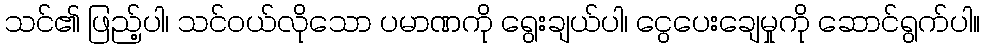
သင်၏ ဖြည့်ပါ၊ သင်ဝယ်လိုသော ပမာဏကို ရွေးချယ်ပါ၊ ငွေပေးချေမှုကို ဆောင်ရွက်ပါ။